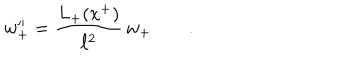
LaTeX: w _ { + } ^ { \prime \prime } = \frac { L _ { + } ( x ^ { + } ) } { \ell ^ { 2 } } \, w _ { + } \qquad .